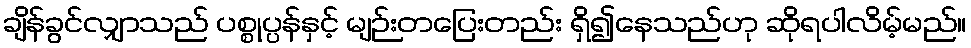
ချိန်ခွင်လျှာသည် ပစ္စုပ္ပန်နှင့် မျဉ်းတပြေးတည်း ရှိ၍နေသည်ဟု ဆိုရပါလိမ့်မည်။